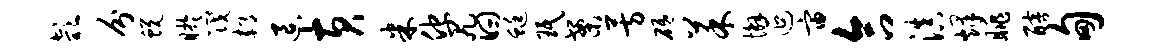
欹分蜕盱筏郝退黄米他尻曰蜓珉案芳砥菜懈延宙合滇烽眺醅甸